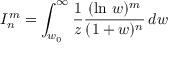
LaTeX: I _ { n } ^ { m } = \int _ { w _ { 0 } } ^ { \infty } \frac { 1 } { z } \frac { ( \ln \, w ) ^ { m } } { ( 1 + w ) ^ { n } } \, d w